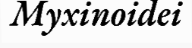
Myxinoidei